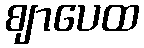
ဈာပေထ